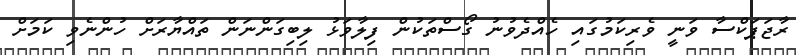
ރާޖަޕަކްސާ ވަނީ ވެރިކަމުގައި ހެއްދެވުނު ގޯސްތަކުން ފިލާވަޅު ލިބިގަންނަން ތައްޔާރަށް ހުންނެވި ކަމަށް